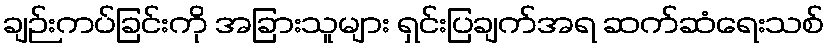
ချဉ်းကပ်ခြင်းကို အခြားသူများ ရှင်းပြချက်အရ ဆက်ဆံရေးသစ်